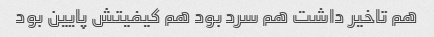
هم تاخیر داشت هم سرد بود هم کیفیتش پایین بود